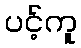
ပင့်ကူ